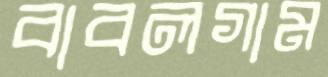
বাবলগাম